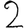
Digit: 2